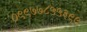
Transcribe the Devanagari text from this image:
०९९७७८५५३९९